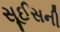
સૂઈસની